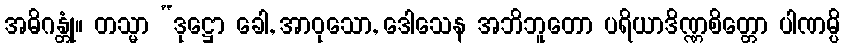
အဓိဂန္တုံ။ တသ္မာ “ဒုဋ္ဌော ခေါ, အာဝုသော, ဒေါသေန အဘိဘူတော ပရိယာဒိဏ္ဏစိတ္တော ပါဏမ္ပိ